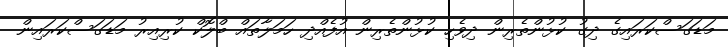
މަޑަގަސްކަރައިގެ ދިގު ކުޅުންތެރިން ދިވެހި ކުޅުންތެރިން އުފެއްދި ހަމަލާތައް ބްލޮކް ކުރިއިރު މަޑަގަސްކަރައިން